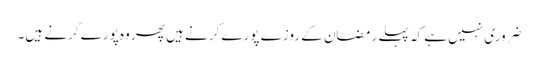
ضروری نہیں ہے کہ پہلے رمضان کے روزے پورے کرنے ہیں پھر وہ پورے کرنے ہیں۔